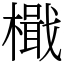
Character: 檝